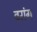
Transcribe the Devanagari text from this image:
वरांग